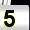
Digit: 5